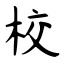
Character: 校